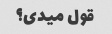
قول میدی؟